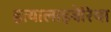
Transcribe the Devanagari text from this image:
हत्यालाइबेरिया